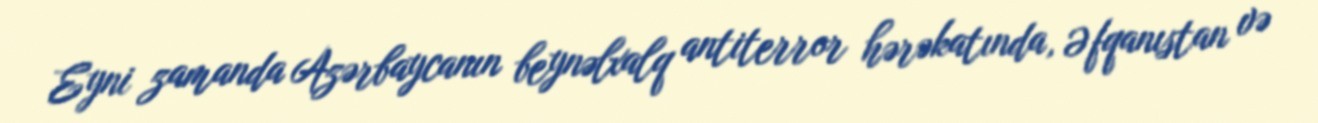
Eyni zamanda Azərbaycanın beynəlxalq antiterror hərəkatında, Əfqanıstan və